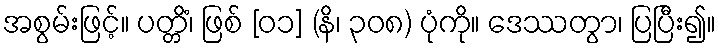
အစွမ်းဖြင့်။ ပတ္တိံ၊ ဖြစ် [၀၁] (နိ၊ ၃၀၈) ပုံကို။ ဒေဿတွာ၊ ပြပြီး၍။